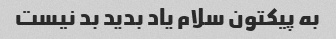
به پیکتون سلام یاد بدید بد نیست